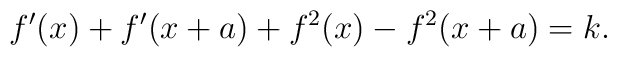
f^\prime(x)+f^\prime(x+a)+f^2(x)-f^2(x+a)=k.